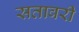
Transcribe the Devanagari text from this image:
सतावरी